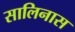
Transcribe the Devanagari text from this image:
सालिनास